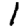
Digit: 1